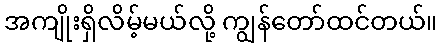
အကျိုးရှိလိမ့်မယ်လို့ ကျွန်တော်ထင်တယ်။